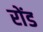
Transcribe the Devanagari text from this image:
रोंड